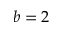
b = 2